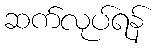
ဆက်လုပ်ရန်